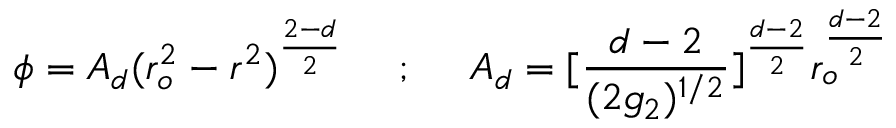
\phi = A _ { d } ( r _ { o } ^ { 2 } - r ^ { 2 } ) ^ { \frac { 2 - d } { 2 } } ~ ~ ~ ~ ; ~ ~ ~ ~ A _ { d } = [ \frac { d - 2 } { ( 2 g _ { 2 } ) ^ { 1 / 2 } } ] ^ { \frac { d - 2 } { 2 } } r _ { o } ^ { \frac { d - 2 } { 2 } }